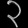
Digit: ၃